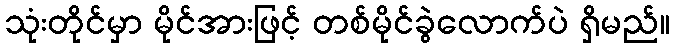
သုံးတိုင်မှာ မိုင်အားဖြင့် တစ်မိုင်ခွဲလောက်ပဲ ရှိမည်။